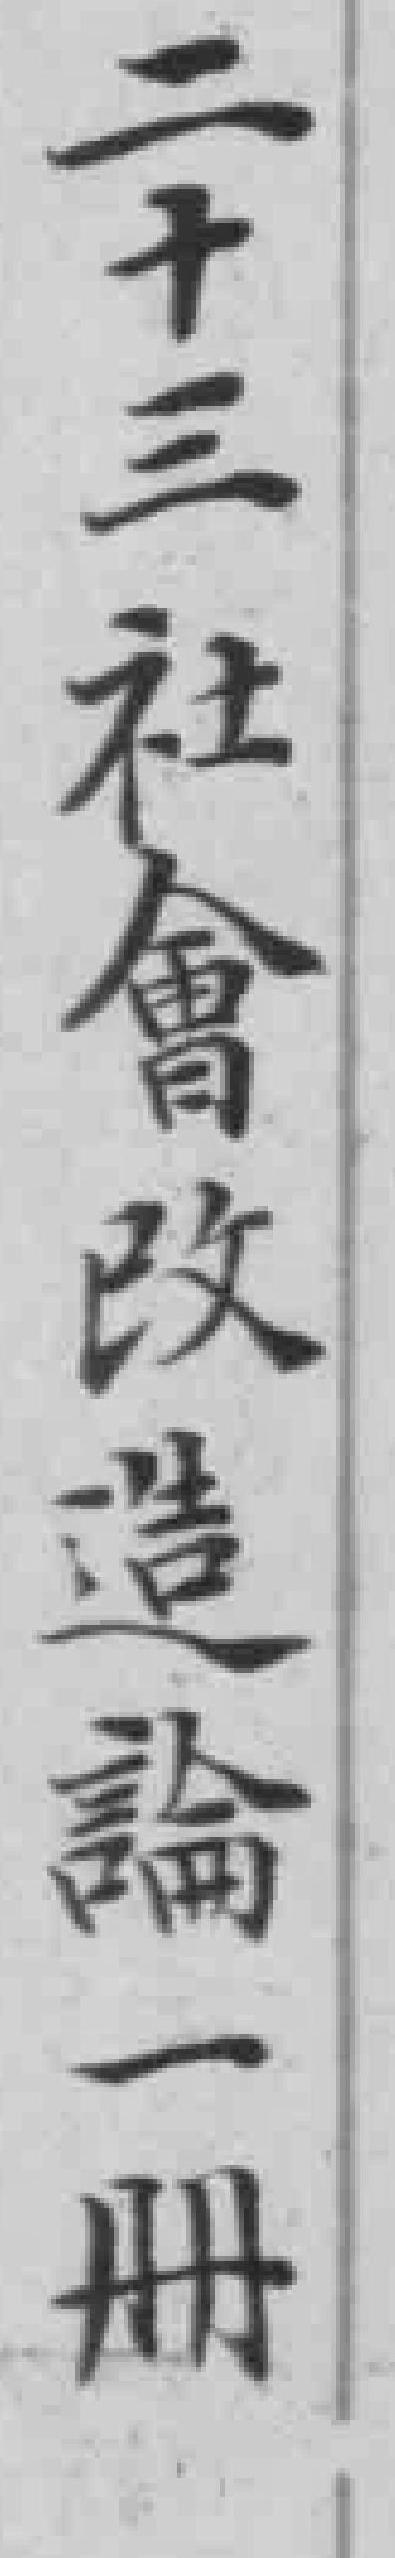
二十三社會改造論一冊